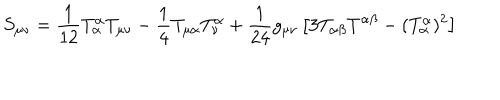
S _ { \mu \nu } = \frac { 1 } { 1 2 } T _ { \alpha } ^ { \alpha } T _ { \mu \nu } - \frac { 1 } { 4 } T _ { \mu \alpha } T _ { \nu } ^ { \alpha } + \frac { 1 } { 2 4 } g _ { \mu \nu } \left[ 3 T _ { \alpha \beta } T ^ { \alpha \beta } - ( T _ { \alpha } ^ { \alpha } ) ^ { 2 } \right]